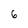
Character: 6